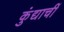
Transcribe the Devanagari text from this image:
कुंद्याचीं